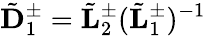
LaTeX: \tilde{\mathbf D}_{1}^{\pm}=\tilde{\mathbf L}_{2}^{\pm}(\tilde{\mathbf L}_{1}^{\pm})^{-1}